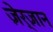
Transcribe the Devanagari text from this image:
ज़ेर्ज़ान